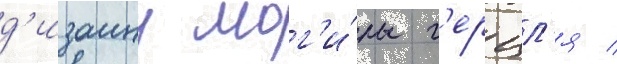
д'изаину мог'и́лы г'ерцл'я /